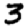
Digit: 3